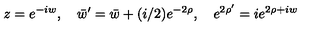
z = e ^ { - i w } , \quad \bar { w } ^ { \prime } = \bar { w } + ( i / 2 ) e ^ { - 2 \rho } , \quad e ^ { 2 \rho ^ { \prime } } = i e ^ { 2 \rho + i w }